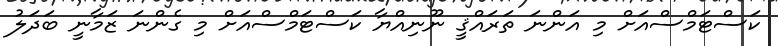
ކަސްޓަމްސްއަށް މި އަންނަ ތަރައްޤީ ނޫނިއްޔާ ކަސްޓަމްސްއަށް މި ގެންނަ ޒަމާނީ ބަދަލު